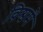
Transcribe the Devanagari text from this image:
विश्वमें